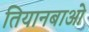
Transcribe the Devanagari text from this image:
तियानबाओ